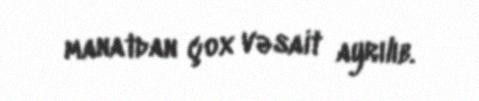
manatdan çox vəsait ayrılıb.